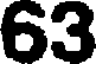
63